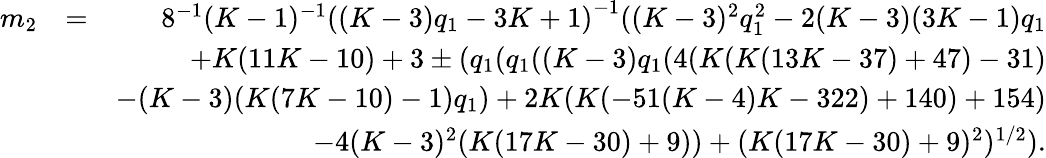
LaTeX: \begin{array}{rlr}{m_{2}}&{=}&{8^{-1}(K-1)^{-1}\left((K-3)q_{1}-3K+1\right)^{-1}((K-3)^{2}q_{1}^{2}-2(K-3)(3K-1)q_{1}}\\ &{}&{+K(11K-10)+3\pm(q_{1}(q_{1}((K-3)q_{1}(4(K(K(13K-37)+47)-31)}\\ &{}&{-(K-3)(K(7K-10)-1)q_{1})+2K(K(-51(K-4)K-322)+140)+154)}\\ &{}&{-4(K-3)^{2}(K(17K-30)+9))+(K(17K-30)+9)^{2})^{1/2}).}\end{array}